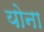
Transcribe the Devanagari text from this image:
योना